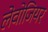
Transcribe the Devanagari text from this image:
लेवोजियर